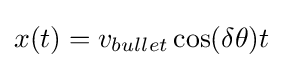
x(t)=v_{bullet}\cos(\delta \theta )t